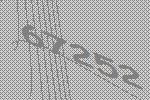
67252